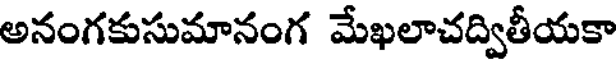
అనంగకుసుమానంగ మేఖలాచద్వితీయకా